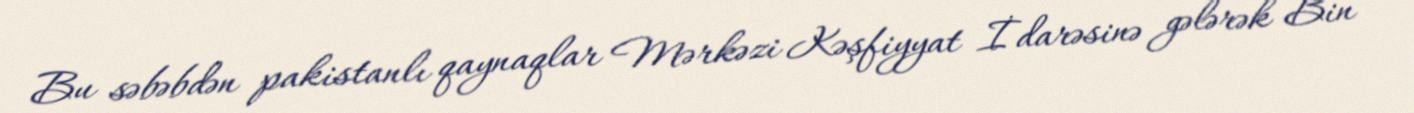
Bu səbəbdən pakistanlı qaynaqlar Mərkəzi Kəşfiyyat İdarəsinə gələrək Bin